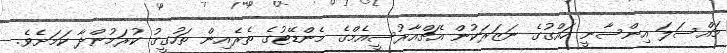
މައްސަލަ އިންސާނީ ހައްގުގެ ނަޒަރަކުން އެޗްއާރުސީއެމްގެ މެންޑޭޓުގެ ތެރެއިން ތަހުގީގު ކުރަމުންދާ ކަމަށެވެ.